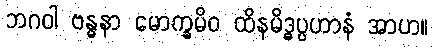
ဘဂဝါ ဗန္ဓနာ မောက္ခမိဝ ထိနမိဒ္ဓပ္ပဟာနံ အာဟ။